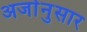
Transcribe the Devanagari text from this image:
अर्जानुसार